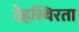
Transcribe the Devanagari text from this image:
देहस्थिरता